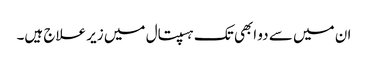
ان میں سے دو ابھی تک ہسپتال میں زیر علاج ہیں۔